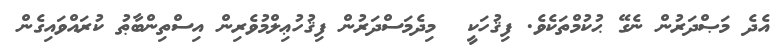
އެދެ މަޞްދަރުން ނެގޭ ޙުކުމްތަކެވެ. ފިޤުހަކީ  މިދެމަސްދަރުން ފިޤުހުޢިލްމުވެރިން އިސްތިންބާޠު ކުރައްވައިގެން